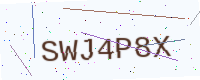
Text: SWJ4P8X